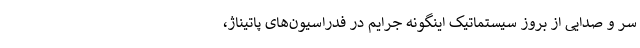
سر و صدایی از بروز سیستماتیک اینگونه جرایم در فدراسیون‌های پاتیناژ،